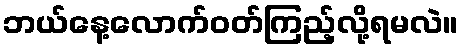
ဘယ်နေ့လောက်ဝတ်ကြည့်လို့ရမလဲ။